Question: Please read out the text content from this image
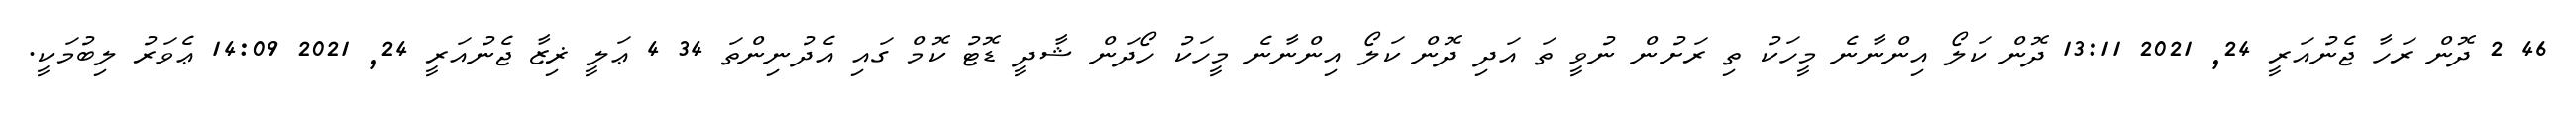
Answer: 46 2 ދޮން ރަހާ ޖެނުއަރީ 24, 2021 13:11 ދޮން ކަލޯ އިންނާނެ މީހަކު ތި ރަށުން ނުވީ ތަ އަދި ދޮން ކަލޯ އިންނާނެ މީހަކު ހޯދަން ޝާދީ ޑޮޓު ކޮމް ގައި އެދުނިންތަ 34 4 ޢަލީ ޜިޒާ ޖެނުއަރީ 24, 2021 14:09 ޢެވަރު ލިބުމަކީ.